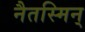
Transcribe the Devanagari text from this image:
नैतस्मिन्